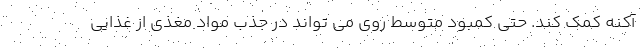
آکنه کمک کند. حتی کمبود متوسط روی می تواند در جذب مواد مغذی از غذایی